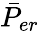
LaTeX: \bar{P}_{er}